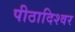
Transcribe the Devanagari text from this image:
पीठादिश्वर